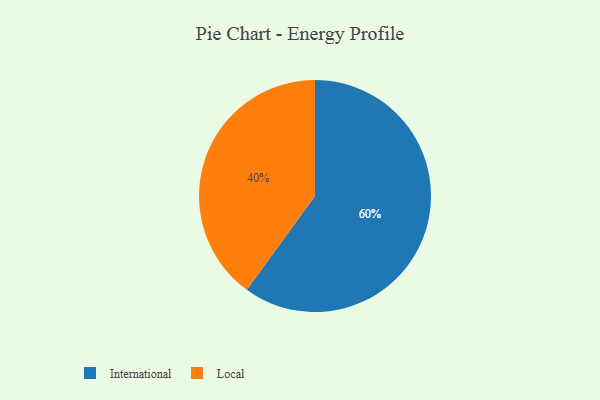
{"axis": {"x": "Category", "y": "Percentage"}, "legend": ["International", "Local"], "data": [{"x": "Local", "y": 40, "type": "Local"}, {"x": "International", "y": 60, "type": "International"}]}